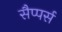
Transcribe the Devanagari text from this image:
सैप्पर्स